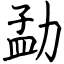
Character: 勐